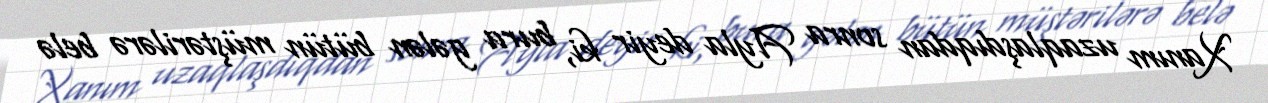
Xanım uzaqlaşdıqdan sonra Ayla deyir ki, bura gələn bütün müştərilərə belə